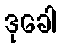
ဒုခေါ